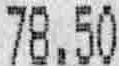
78.50